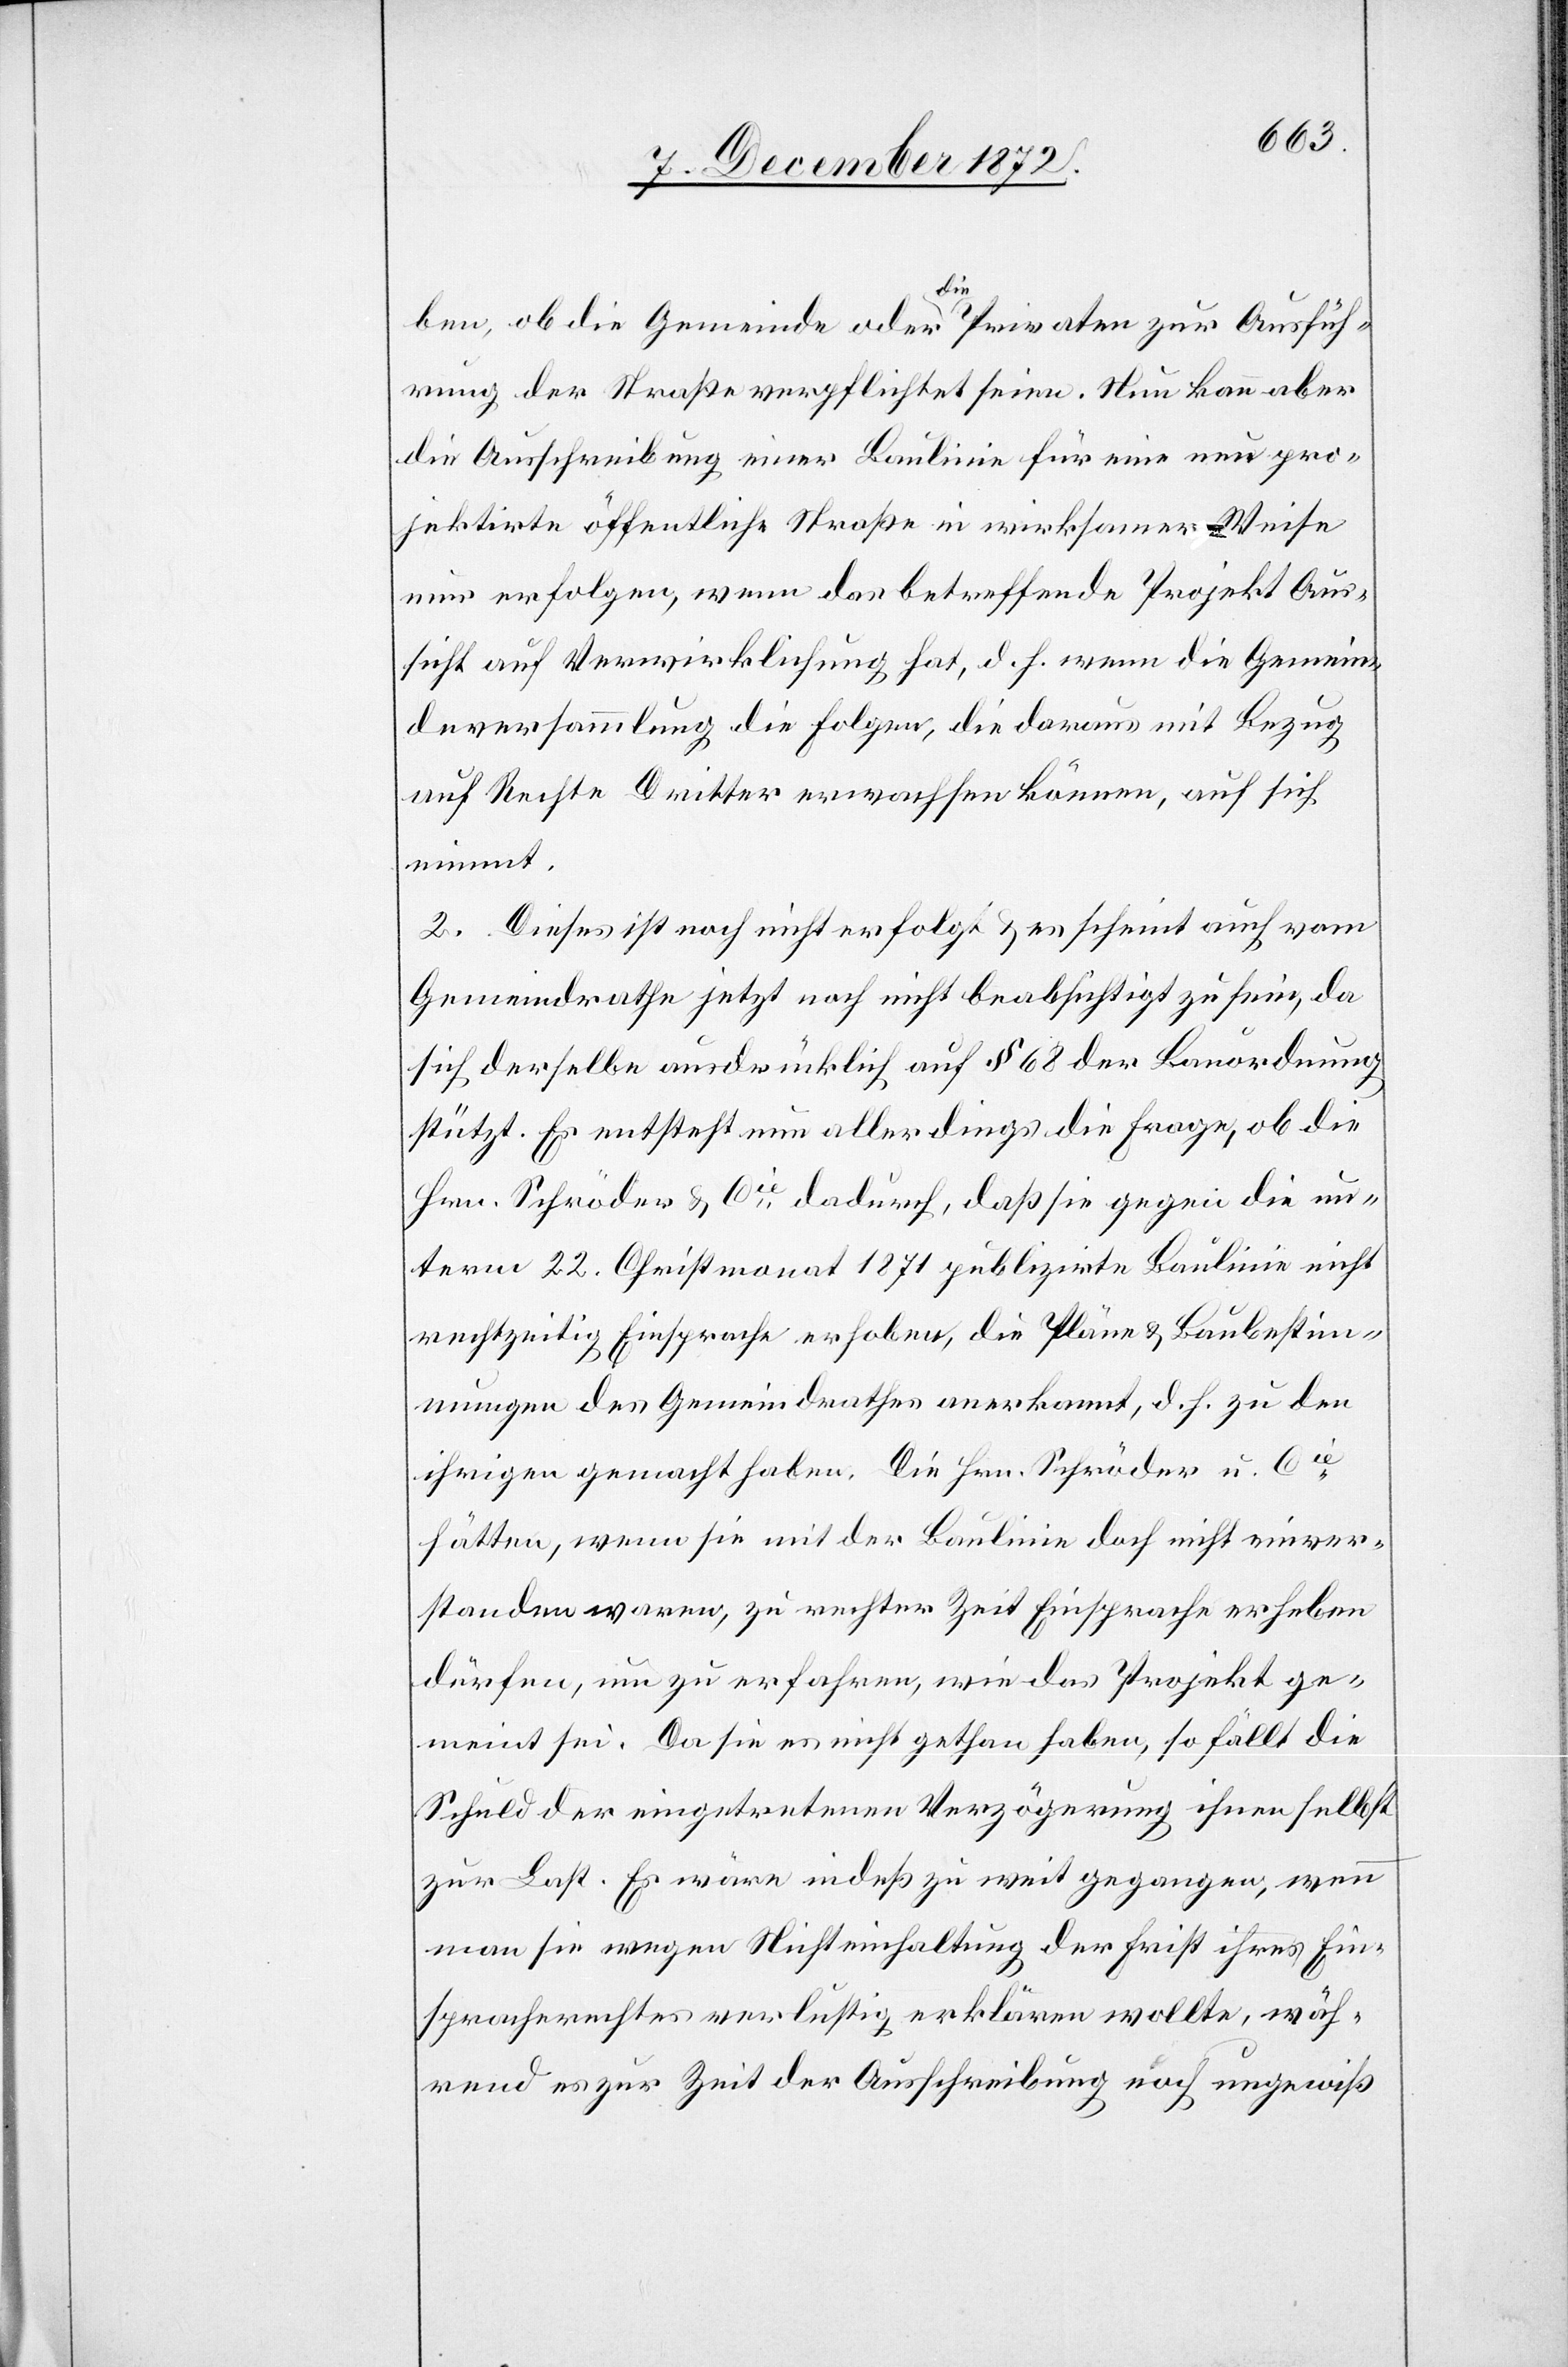
ben, ob die Gemeinde oder die Privaten zur Ausfüh¬
rung der Straße verpflichtet seien. Nun kann aber
die Ausschreibung einer Baulinie für eine neu pro¬
jektirte öffentliche Straße in wirksamer Weise
nur erfolgen, wenn das betreffende Projekt Aus¬
sicht auf Verwirklichung hat, d. h. wenn die Gemein¬
deversammlung die Folgen, die daraus mit Bezug
auf Rechte Dritter erwachsen können, auf sich
nimmt.
2. Dieses ist noch nicht erfolgt u. es scheint auch vom
Gemeindrathe jetzt noch nicht beabsichtigt zu sein, da
sich derselbe ausdrücklich auf § 68 der Bauordnung
stützt. Es entsteht nun allerdings die Frage, ob die
Hrn. Schröder u. Cie dadurch, daß sie gegen die un¬
term 22. Christmonat 1871 publizirte Baulinie nicht
rechtzeitig Einsprache erhoben, die Pläne u. Baubestimm¬
ungen des Gemeindrathes anerkannt, d. h. zu den
ihrigen gemacht haben. Die Hrn. Schröder u. Cie
hätten, wenn sie mit der Baulinie doch nicht einver¬
standen waren, zu rechter Zeit Einsprache erheben
dürfen, um zu erfahren, wie das Projekt ge¬
meint sei. Da sie es nicht gethan haben, so fällt die
Schuld der eingetretenen Verzögerung ihnen selbst
zur Last. Es wäre indeß zu weit gegangen, wenn
man sie wegen Nichteinhaltung der Frist ihres Ein¬
spracherechtes verlustig erklären wollte, wäh¬
rend es zur Zeit der Ausschreibung noch ungewiß